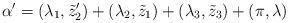
LaTeX: \begin{align*} \alpha'=(\lambda_1,\tilde{z}'_2)+ (\lambda_2,\tilde{z}_1)+(\lambda_3,\tilde{z}_3)+(\pi, \lambda)\end{align*}